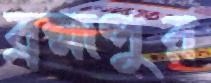
ব্রহ্মপুর